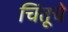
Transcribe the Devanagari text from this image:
चिंतूचे